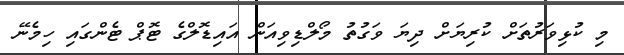
މި ކުޅިވަރުތަށް ކުރިޔަށް ދިޔަ ވަގުތު މޯލްޑިވިއަން އައިޑޮލްގެ ޓޮޕް ޓެންގައި ހިމެނޭ